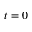
t = 0